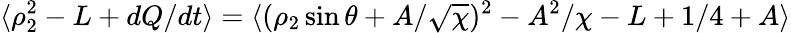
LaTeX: \langle\rho_{2}^{2}-L+dQ/dt\rangle=\langle(\rho_{2}\sin\theta+A/\sqrt{\chi})^{2}-A^{2}/\chi-L+1/4+A\rangle